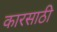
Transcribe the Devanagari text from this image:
कारसाठी